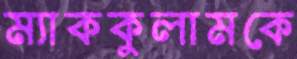
ম্যাককুলামকে